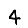
Digit: 4